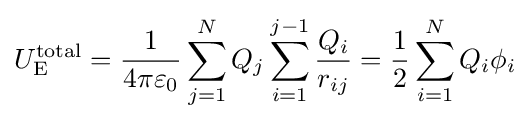
U_{\mathrm {E} }^{\text{total}}={\frac {1}{4\pi \varepsilon _{0}}}\sum _{j=1}^{N}Q_{j}\sum _{i=1}^{j-1}{\frac {Q_{i}}{r_{ij}}}={\frac {1}{2}}\sum _{i=1}^{N}Q_{i}\phi _{i}